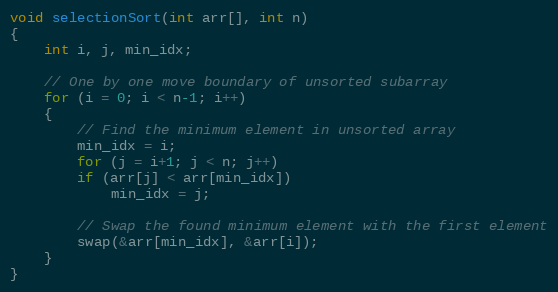
Language: C++
void selectionSort(int arr[], int n)
{
	int i, j, min_idx;

	// One by one move boundary of unsorted subarray
	for (i = 0; i < n-1; i++)
	{
		// Find the minimum element in unsorted array
		min_idx = i;
		for (j = i+1; j < n; j++)
		if (arr[j] < arr[min_idx])
			min_idx = j;

		// Swap the found minimum element with the first element
		swap(&arr[min_idx], &arr[i]);
	}
}